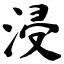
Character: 浸